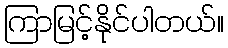
ကြာမြင့်နိုင်ပါတယ်။